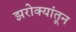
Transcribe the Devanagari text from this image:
झरोक्यांतून